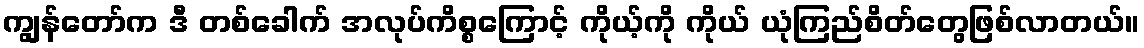
ကျွန်တော်က ဒီ တစ်ခေါက် အလုပ်ကိစ္စကြောင့် ကိုယ့်ကို ကိုယ် ယုံကြည်စိတ်တွေဖြစ်လာတယ်။